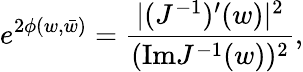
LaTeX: e^{2\phi(w,\bar{w})}={\frac{|(J^{-1})^{\prime}(w)|^{2}}{(\mathrm{Im}J^{-1}(w))^{2}}},